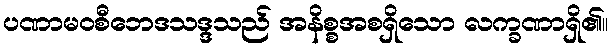
ပဏာမဝစီဘေဒသဒ္ဒသည် အနိစ္စအစရှိသော လက္ခဏာရှိ၏။